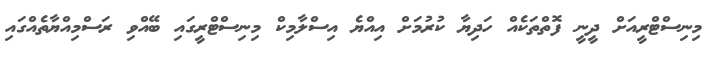
މިނިސްޓްރީއަށް ދީނީ ފޮތްތަކެއް ހަދިޔާ ކުރުމަށް އިއްޔެ އިސްލާމިކް މިނިސްޓްރީގައި ބޭއްވި ރަސްމިއްޔާތެއްގައި